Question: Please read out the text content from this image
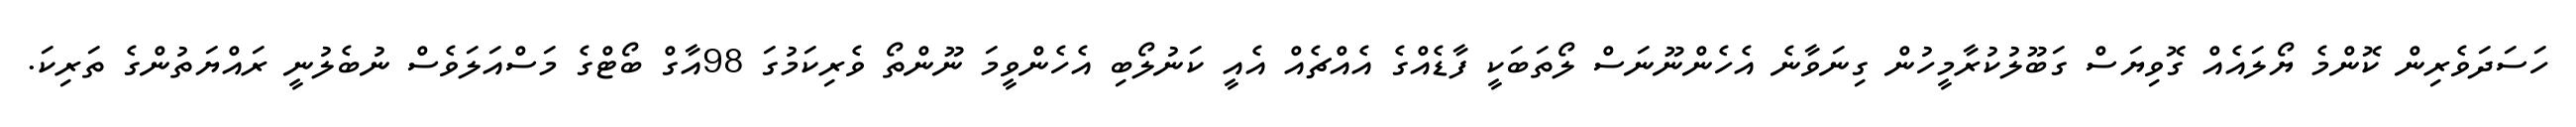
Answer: ހަސަދަވެރިން ކޮންމެ ޔޯލައެއް ގޮވިޔަސް ގަބޫލުކުރާމީހުން ގިނަވާނެ އެހެންނޫނަސް ލޯތަބަކީ ފާޑެއްގެ އެއްޗެއް އެއީ ކަނުލޯބި އެހެންވީމަ ނޫންތޯ ވެރިކަމުގަ 98އާގް ބޯޓްގެ މަސްއަލަވެސް ނުބެލުނީ ރައްޔަތުންގެ ތަރިކަ.